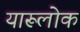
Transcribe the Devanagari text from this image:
यारूलोक